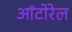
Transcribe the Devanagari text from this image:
ऑटोरेल